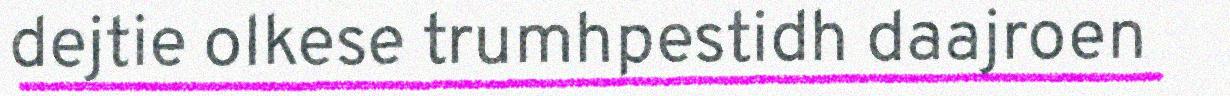
dejtie olkese trumhpestidh daajroen